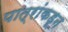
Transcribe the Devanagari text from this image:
पात्रांकडून